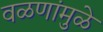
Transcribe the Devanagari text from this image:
वळणांमुळे